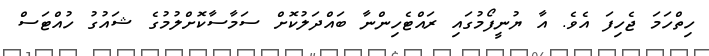
ހިތްހަމަ ޖެހިފަ އެވެ. އާ ޔުނީފޯމުގައި ރައްޓެހިންނާ ބައްދަލުކޮށް ސަމާސާކޮށްލުމުގެ ޝައުގު ހުއްޓަސް